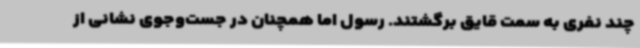
چند نفری به سمت قایق برگشتند. رسول اما همچنان در جست‌وجوی نشانی از